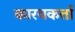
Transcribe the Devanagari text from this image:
कारयकर्ता